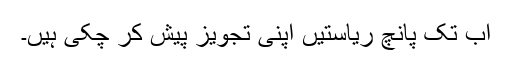
اب تک پانچ ریاستیں اپنی تجویز پیش کر چکی ہیں۔